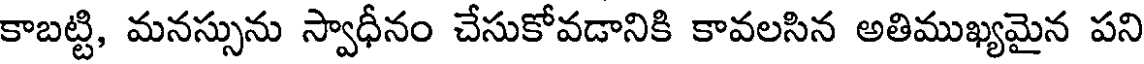
కాబట్టి, మనస్సును స్వాధీనం చేసుకోవడానికి కావలసిన అతిముఖ్యమైన పని